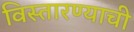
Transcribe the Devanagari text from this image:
विस्तारण्याची